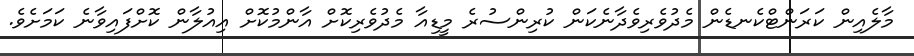
މާލެއިން ކަރަންޓްކެނޑެން މެދުވެރިވެދާނެކަން ކުރިންސުރެ މީޑިއާ މެދުވެރިކޮށް އާންމުކޮށް އިއުލާން ކޮށްފައިވާނެ ކަމަށެވެ.